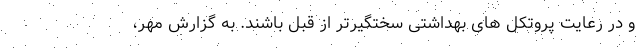
و در رعایت پروتکل های بهداشتی سختگیرتر از قبل باشند. به گزارش مهر،